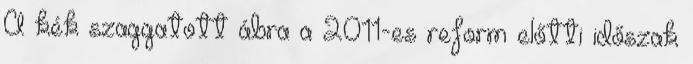
A kék szaggatott ábra a 2011-es reform előtti időszak